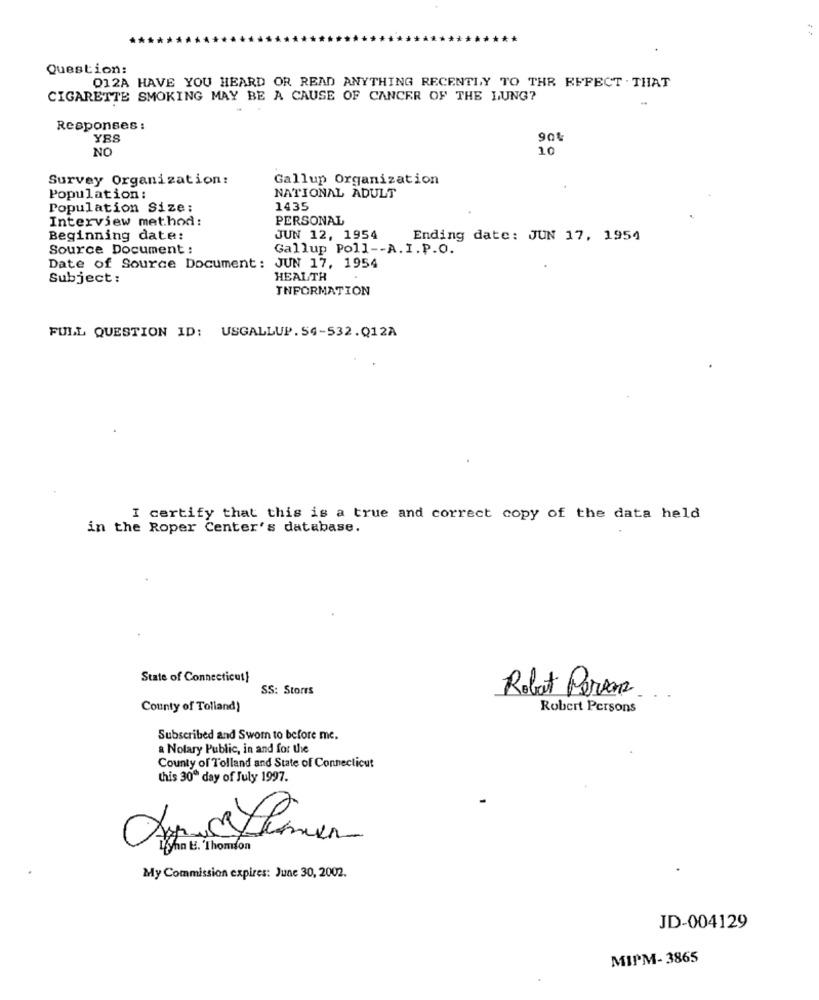
Question:
012A HAVE YOU HEARD OR READ ANYTHING RECENTLY TO THR EFFECT . THAT
CIGARETTE SMOKING MAY BE A CAUSE OF CANCER OF THE LUNG?
Responses :
YES
904
NO
10
Survey Organization:
Gallup Organization
NATIONAL ADULT
Population :
Population Size:
1435
Interview met.hod:
PERSONAL
Beginning date:
JUN 12, 1954
Ending date: JUN 17, 1954
Source Document :
Gallup Poll -- A.I.P.O.
Date of Source Document: JUN 17, 1954
Subject :
HEALTH
INFORMATION
FULL QUESTION ID: USGALLUP. 54-532.Q12A
I certify that this is a true and correct copy of the data held
in the Roper Center's database.
State of Connecticut}
SS: Storrs
Robert Perros.
County of Tolland)
Robert Persons
Subscribed and Sworn to before me.
a Notary Public, in and for the
County of Tolland and State of Connecticut
this 30" day of July 1997.
Xi
tha U. Thomson
My Commission expires: June 30, 2002.
JD-004129
MIPM- 3865